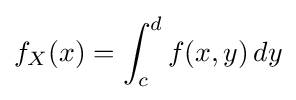
f_{X}(x)=\int _{c}^{d}f(x,y)\,dy